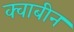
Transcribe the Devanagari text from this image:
क्वाबीन